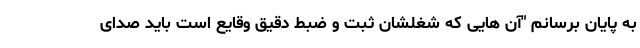
به پایان برسانم "آن هایی که شغلشان ثبت و ضبط دقیق وقایع است باید صدای